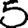
Digit: 5